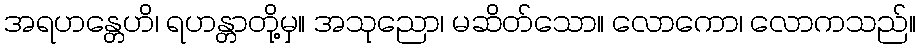
အရဟန္တေဟိ၊ ရဟန္တာတို့မှ။ အသုညော၊ မဆိတ်သော။ လောကော၊ လောကသည်။